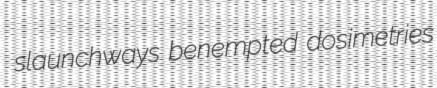
slaunchways benempted dosimetries